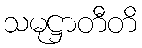
သမုဋ္ဌာတီတိ